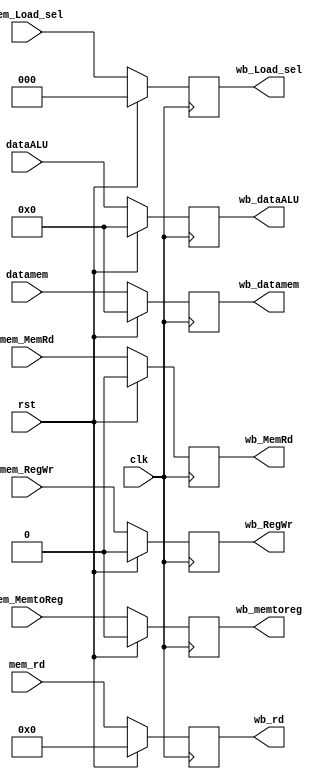
module Reg_MEM_WB(
	input				   clk,
	input				   rst,
	input				   mem_MemtoReg,  // from the output of Reg EX/MEM to control Mux after DataMem
	input				   mem_RegWr   ,  // from the output of Reg EX/MEM to write to Reg File
	input	     [4:0]	mem_rd      ,  // ID -> IF/ID reg -> ID/EX reg -> EX/MEM Reg -> MEM/WB Reg 
	input             mem_MemRd   ,
	input	     [31:0]	datamem  	,  // from the output of readdata of DataMem 
	input      [31:0] dataALU		,  // ALU result -> EX/MEM Reg -> MEM/WB Reg
	input      [2:0]  mem_Load_sel,  // ALU result -> EX/MEM Reg -> MEM/WB Reg
	output reg [31:0]	wb_dataALU	,
	output reg [31:0]	wb_datamem	,
	output reg			wb_memtoreg	,
	output reg			wb_RegWr  	,
	output reg      	wb_MemRd  	,
	output reg [2:0]	wb_Load_sel	,
	output reg [4:0]	wb_rd
);
always @ (negedge clk) begin
	if (rst) begin
		wb_dataALU  <= 0;
		wb_datamem  <= 0;
		wb_memtoreg <= 0;
		wb_RegWr		<= 0;
		wb_rd			<= 0;
		wb_MemRd    <= 0;
		wb_Load_sel <= 0;
	end
	else begin
		wb_dataALU	<= dataALU;
		wb_datamem	<= datamem;
		wb_memtoreg	<= mem_MemtoReg;
		wb_RegWr		<= mem_RegWr;
		wb_rd			<= mem_rd;
		wb_MemRd    <= mem_MemRd;
		wb_Load_sel <= mem_Load_sel;
	end	
end
endmodule